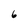
Character: 6